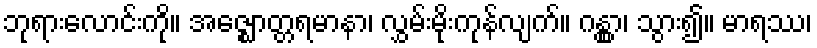
ဘုရားလောင်းကို။ အဇ္ဈောတ္တရမာနာ၊ လွှမ်းမိုးကုန်လျက်။ ဂန္တွာ၊ သွား၍။ မာရဿ၊